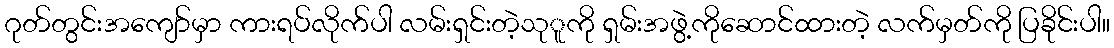
ဂုတ်တွင်းအကျော်မှာ ကားရပ်လိုက်ပါ လမ်းရှင်းတဲ့သုူကို ရှမ်းအဖွဲ့ကိုဆောင်ထားတဲ့ လက်မှတ်ကို ပြခိုင်းပါ။